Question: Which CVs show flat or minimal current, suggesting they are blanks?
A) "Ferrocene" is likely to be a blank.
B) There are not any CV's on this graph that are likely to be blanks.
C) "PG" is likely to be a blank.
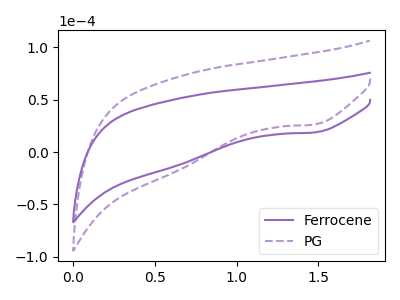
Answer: <think>The purple curve "Ferrocene" has a cathodic peak at: (1.50V, 18.70uA). The purple dashed curve "PG" has a cathodic peak at: (1.50V, 26.30uA).</think>
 <answer>B) There are not any CV's on this graph that are likely to be blanks.</answer>
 <eval>B</eval>